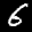
Label: 6